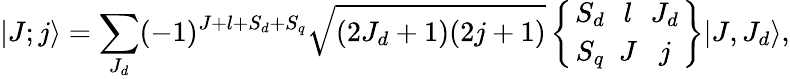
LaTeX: |J;j\rangle=\sum_{J_{d}}(-1)^{J+l+S_{d}+S_{q}}\sqrt{(2J_{d}+1)(2j+1)}\left\{ {S_{d}\atop S_{q}}\ {l\atop J}\ {J_{d}\atop j}\right\} |J,J_{d}\rangle,